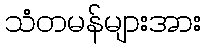
သံတမန်များအား